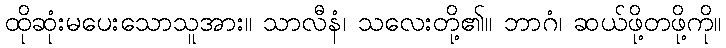
ထိုဆုံးမပေးသောသူအား။ သာလီနံ၊ သလေးတို့၏။ ဘာဂံ၊ ဆယ်ဖို့တဖို့ကို။